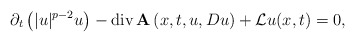
\begin{align*}\partial_t\left(|u|^{p-2}u\right)-\mathrm{div}\,\mathbf{A}\left(x,t,u,Du\right)+\mathcal{L}u(x,t)=0,\end{align*}